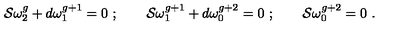
{ \cal S } \omega _ { 2 } ^ { g } + d \omega _ { 1 } ^ { g + 1 } = 0 \ ; \qquad { \cal S } \omega _ { 1 } ^ { g + 1 } + d \omega _ { 0 } ^ { g + 2 } = 0 \ ; \qquad { \cal S } \omega _ { 0 } ^ { g + 2 } = 0 \ .